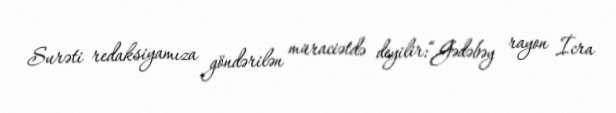
Surəti redaksiyamıza göndərilən müraciətdə deyilir:“Gədəbəy rayon İcra